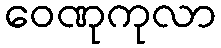
ဝေဏုကုလာ